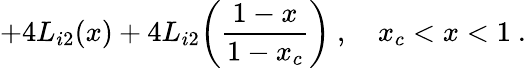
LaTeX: +4L_{i2}(x)+4L_{i2}\biggl(\frac{1-x}{1-x_{c}}\biggr)\ ,\quad x_{c}<x<1\ .